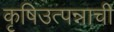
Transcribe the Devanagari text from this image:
कृषिउत्पन्नाची